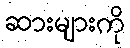
ဆားများကို